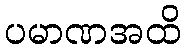
ပမာဏအထိ